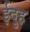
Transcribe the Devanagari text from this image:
ईदुह